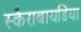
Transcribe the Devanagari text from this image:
स्कैराबायडिया